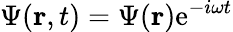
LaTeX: {\Psi}({\mathbf r},t)={\Psi}({\mathbf r})\mathrm{e}^{-i\omega t}